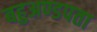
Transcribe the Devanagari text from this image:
बहुअण्डपता